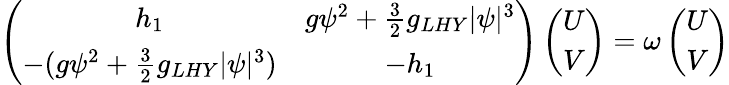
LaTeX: \begin{array}{r}{\left(\begin{array}{cccc}{h_{1}}&{g\psi^{2}+\frac{3}{2}g_{LHY}|\psi|^{3}}\\ {-(g\psi^{2}+\frac{3}{2}g_{LHY}|\psi|^{3})}&{-h_{1}}\end{array}\right)\left(\begin{array}{c}{U}\\ {V}\end{array}\right)=\omega\left(\begin{array}{c}{U}\\ {V}\end{array}\right)}\end{array}